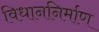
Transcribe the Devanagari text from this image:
विधाननिर्माण